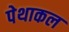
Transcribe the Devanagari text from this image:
पेथाकल